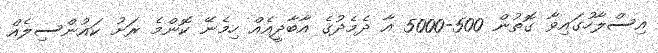
އިސްލާހުގައިވާ ގޮތުން 500-5000 އާ ދެމެދުގެ އާބާދީއެއް ހިމެނޭ ކޮންމެ ރަށު ކައުންސިލެއް